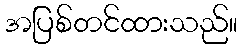
အပြစ်တင်ထားသည်။